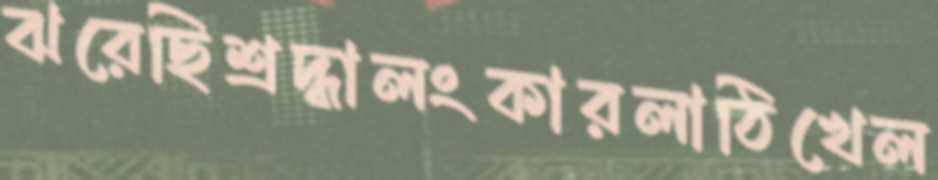
ঝরেছিশ্রদ্ধালংকারলাঠিখেল